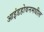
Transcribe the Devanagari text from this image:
आइंडहोवनमधील